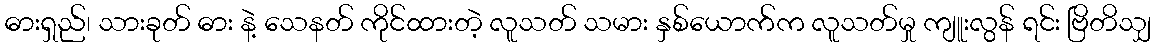
ဓားရှည်၊ သားခုတ် ဓား နဲ့ သေနတ် ကိုင်ထားတဲ့ လူသတ် သမား နှစ်ယောက်က လူသတ်မှု ကျူးလွန် ရင်း ဗြိတိသျှ